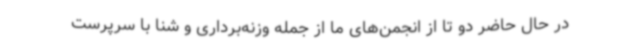
در حال حاضر دو تا از انجمن‌های ما از جمله وزنه‌برداری و شنا با سرپرست